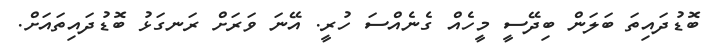
ބޮޑުދައިތަ ބަލަން ބިދޭސީ މީހެއް ގެނެއްސަ ހުރީ. އޭނަ ވަރަށް ރަނގަޅު ބޮޑުދައިތައަށް.